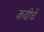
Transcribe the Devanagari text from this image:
कवीचें